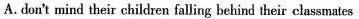
A. don't mind their children falling behind their classmates